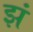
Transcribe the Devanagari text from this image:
झं